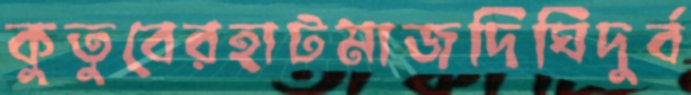
কুতুবেরহাটমাজদিঘিদুর্ব